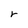
Character: r